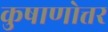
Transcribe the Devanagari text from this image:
कुषाणोत्तर